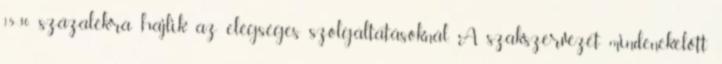
15-30 százalékra hajlik az elégséges szolgáltatásoknál. A szakszervezet mindenekelőtt